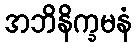
အဘိနိက္ခမနံ